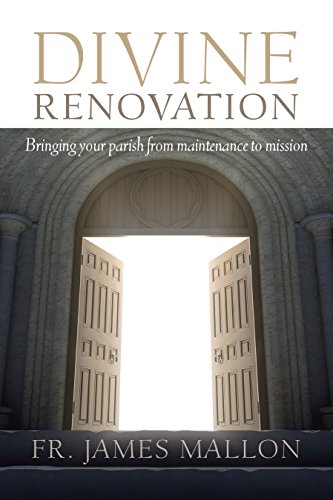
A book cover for Divine Renovation: Bringing Your Parish from Maintenance to Mission; James Mallon; Christian Books & Bibles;